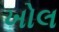
ખોલ